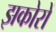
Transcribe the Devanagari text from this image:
झकोरों